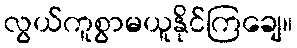
လွယ်ကူစွာမယူနိုင်ကြချေ။